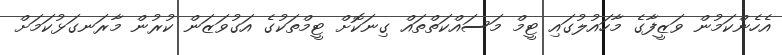
އެހެންކަމުން ވަޒީފާގެ މާހައުލުގައި ޓީމް މަސައްކަތްތައް ގިނަކޮށް ޓީމްތަކުގެ އަގުވަޒަން ކުރުން މާރަނގަޅުކަމަށް